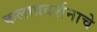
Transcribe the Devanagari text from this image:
कलाप्रदर्शनाचे